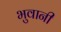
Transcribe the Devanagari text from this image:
भुवानी